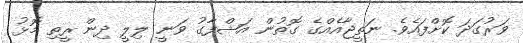
ވަރުގަދަ ކޮށްފައެވެ. ނަތީޖާއެއްގެ ގޮތުން އަޝްފާގު ވަނީ ލިލީ ދިން ރީތި މޮޅު